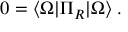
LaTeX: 0 = \langle \Omega \vert \Pi _ { R } \vert \Omega \rangle \; .